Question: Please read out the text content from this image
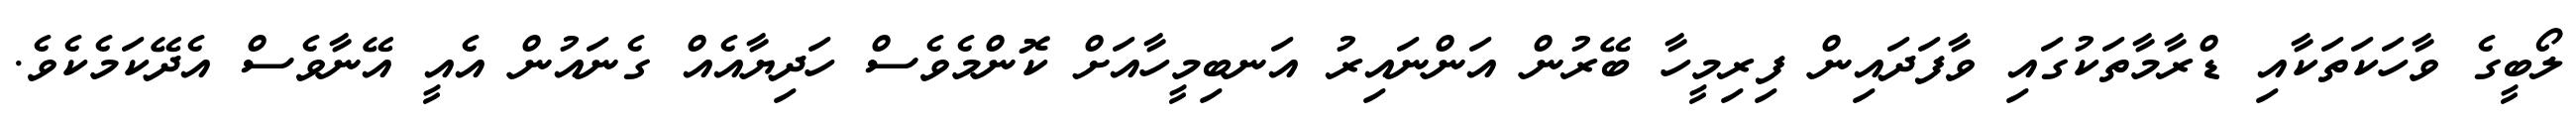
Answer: ލޯބީގެ ވާހަކަތަކާއި ޑްރާމާތަކުގައި ވާފަދައިން ފިރިމީހާ ބޭރުން އަންނައިރު އަނބިމީހާއަށް ކޮންމެވެސް ހަދިޔާއެއް ގެނައުން އެއީ އޭނާވެސް އެދޭކަމެކެވެ.